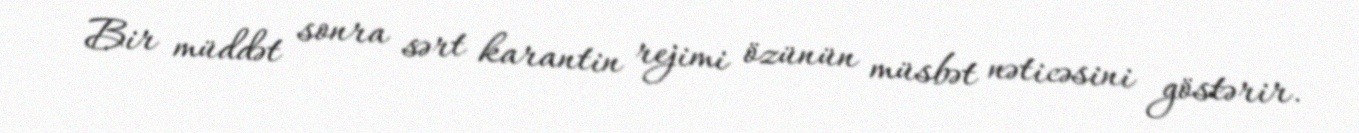
Bir müddət sonra sərt karantin rejimi özünün müsbət nəticəsini göstərir.